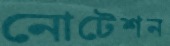
নোটেশন